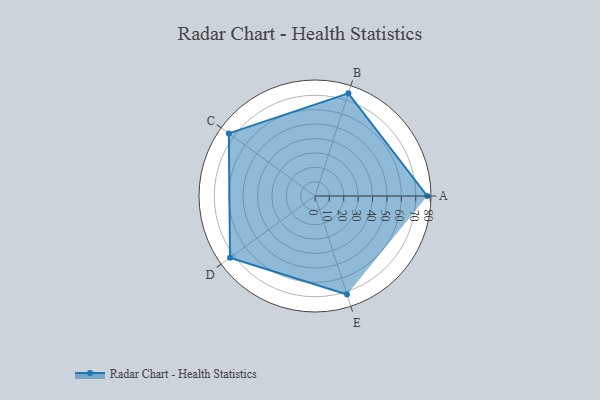
{"axis": {"x": "Skill", "y": "Score"}, "legend": ["Profile"], "data": [{"x": "A", "y": 78.0, "type": "Profile"}, {"x": "B", "y": 75.0, "type": "Profile"}, {"x": "C", "y": 74.0, "type": "Profile"}, {"x": "D", "y": 73.0, "type": "Profile"}, {"x": "E", "y": 72.0, "type": "Profile"}]}